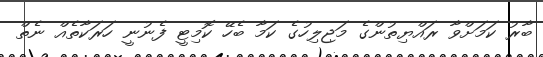
ބާރު ކަމަށްވާ ރައްޔިތުންގެ މަޖިލިހުގެ ކަމާ ބެހޭ ކޮމިޓީ ފެނުނީ ހަރަކާތެއް ނެތް